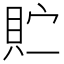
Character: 𫎓